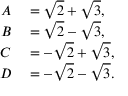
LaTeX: \begin{array} { r l } { A } & { { } = { \sqrt { 2 } } + { \sqrt { 3 } } , } \\ { B } & { { } = { \sqrt { 2 } } - { \sqrt { 3 } } , } \\ { C } & { { } = - { \sqrt { 2 } } + { \sqrt { 3 } } , } \\ { D } & { { } = - { \sqrt { 2 } } - { \sqrt { 3 } } . } \end{array}